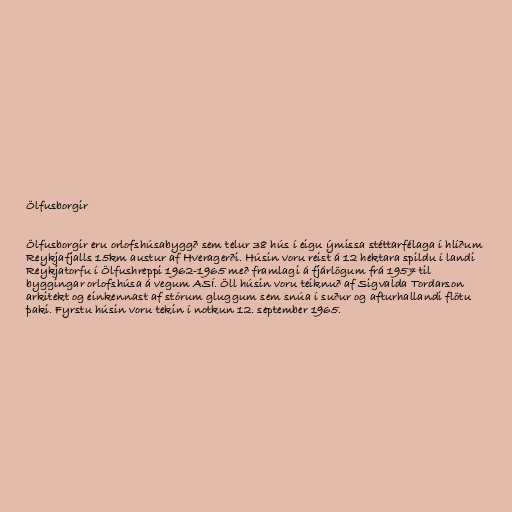
Ölfusborgir

Ölfusborgir eru orlofshúsabyggð sem telur 38 hús í eigu ýmissa stéttarfélaga í hlíðum
Reykjafjalls 15km austur af Hveragerði. Húsin voru reist á 12 hektara spildu í landi
Reykjatorfu í Ölfushreppi 1962-1965 með framlagi á fjárlögum frá 1957 til
byggingar orlofshúsa á vegum ASÍ. Öll húsin voru teiknuð af Sigvalda Tordarson
arkitekt og einkennast af stórum gluggum sem snúa í suður og afturhallandi flötu
þaki. Fyrstu húsin voru tekin í notkun 12. september 1965.